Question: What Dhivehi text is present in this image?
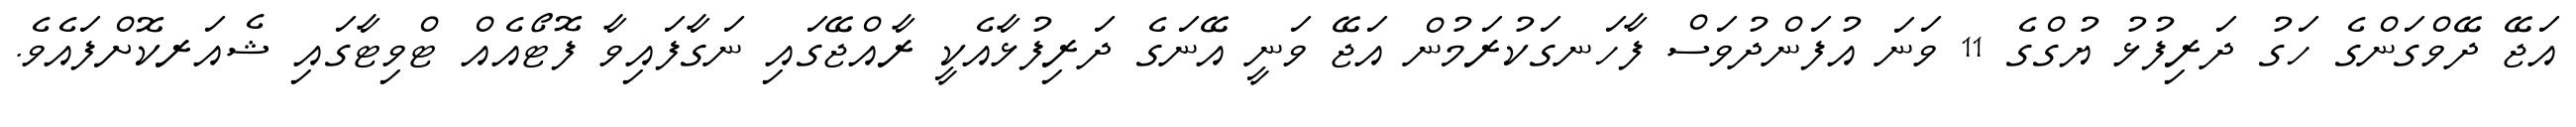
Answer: އަޖޭ ދޭވްގަންގެ ހަގު ދަރިފުޅު ޔުގްގެ 11 ވަނަ އުފަންދުވަސް ފާހަނގަކުރަމުން އަޖޭ ވަނީ އޭނަގެ ދަރިފުޅާއެކީ ރާއްޖޭގައި ނަގާފައިވާ ފޮޓޯއެއް ޓްވިޓާގައި ޝެއަރކޮށްފައެވެ.